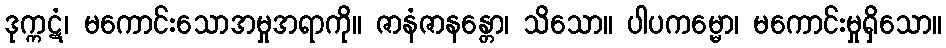
ဒုက္ကဋံ၊ မကောင်းသောအမှုအရာကို။ ဇာနံဇာနန္တော၊ သိသော။ ပါပကမ္မော၊ မကောင်းမှုရှိသော။